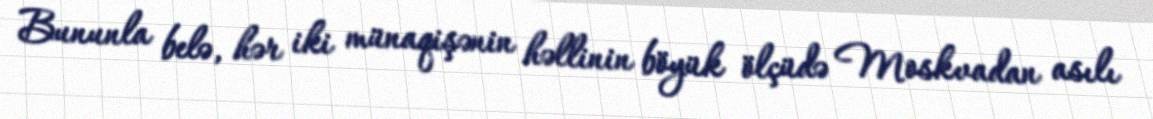
Bununla belə, hər iki münaqişənin həllinin böyük ölçüdə Moskvadan asılı